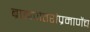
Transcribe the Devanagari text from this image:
ब्राह्मणेतरांप्रमाणेंच